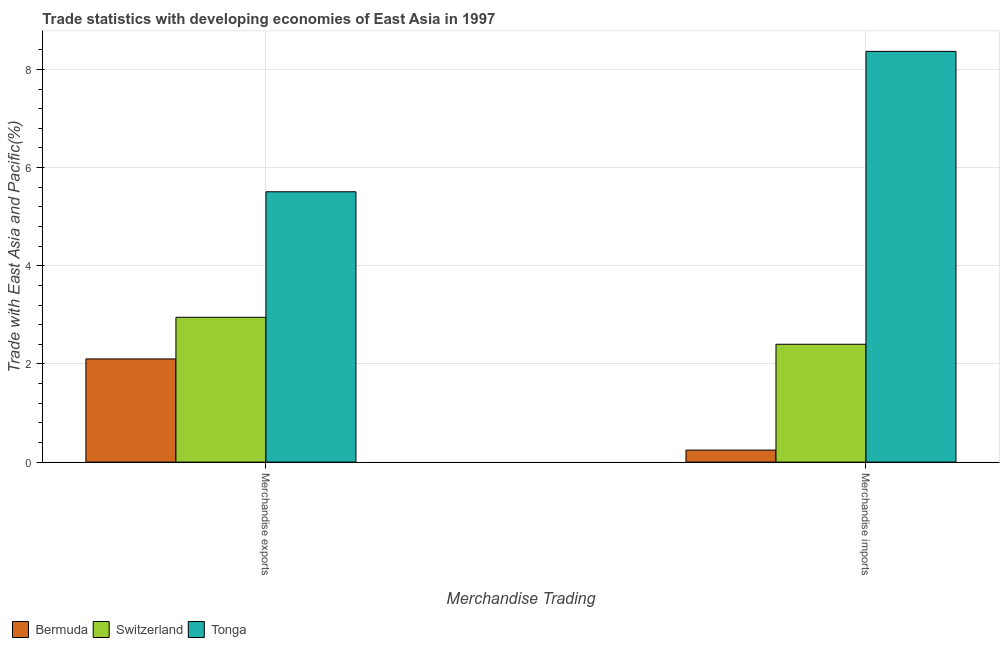
| Merchandise Trading | Bermuda | Switzerland | Tonga |
 | --- | --- | --- | --- |
 | Merchandise exports | 2.1 | 2.95 | 5.51 |
 | Merchandise imports | 0.245 | 2.4 | 8.37 |